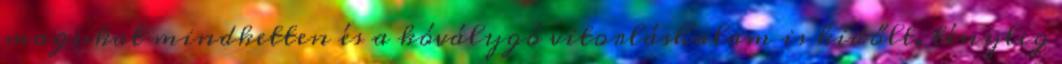
magukat mindketten és a kóválygó vitorláshalam is kidőlt. tényleg